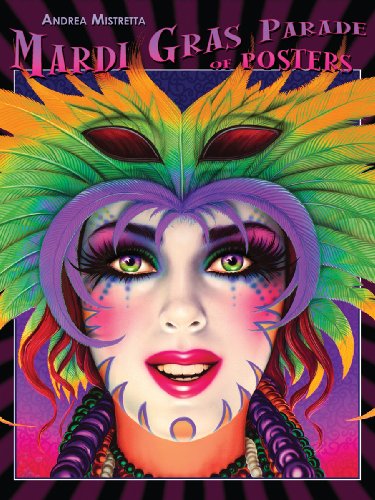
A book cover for Mardi Gras Parade of Posters; Andrea Mistretta; Crafts, Hobbies & Home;